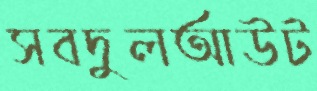
সবদুলআউট